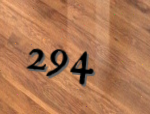
294